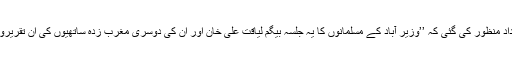
وزیر آباد کے لاہوری دروازہ میں منعقد ہونے والے ایک جلسے میں قرارداد منظور کی گئی کہ ’’وزیر آباد کے مسلمانوں کا یہ جلسہ بیگم لیاقت علی خان اور ان کی دوسری مغرب زدہ ساتھیوں کی ان تقریروں کی پر زور مذمت کرتا ہے جو 3 اپریل 1948 کو لاہور میں کی گئیں۔